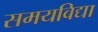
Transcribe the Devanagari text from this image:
समयविद्या